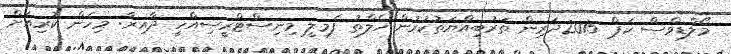
މޯލްޑިވްސް ކަޕް 2015ދަރިން ތަރުބިއްޔަތުކުރުން ހެލްތު ފެމިލީ މިނިސްޓްރީސިއްހީ ދާއިރާ: މިހެން ކުރިއަށް